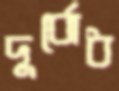
দুর্বোধ